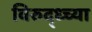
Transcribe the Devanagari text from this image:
विरुद्ध्च्या